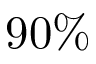
9 0 \%